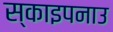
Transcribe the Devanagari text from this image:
स्काइपनाउ